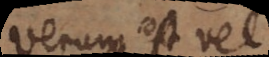
Verum est vel